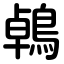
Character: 鵫